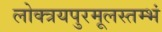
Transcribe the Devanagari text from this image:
लोक्त्रयपुरमूलस्तम्भं